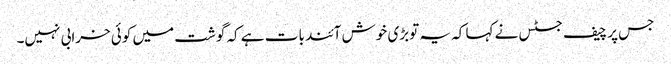
جس پر چیف جسٹس نے کہا کہ یہ توبڑی خوش آئند بات ہے کہ گوشت میں کوئی خرابی نہیں۔